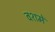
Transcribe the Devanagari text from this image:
वशमें